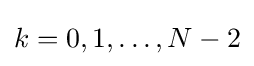
k=0,1,\ldots ,N-2